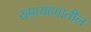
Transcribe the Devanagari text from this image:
रामायाणातील